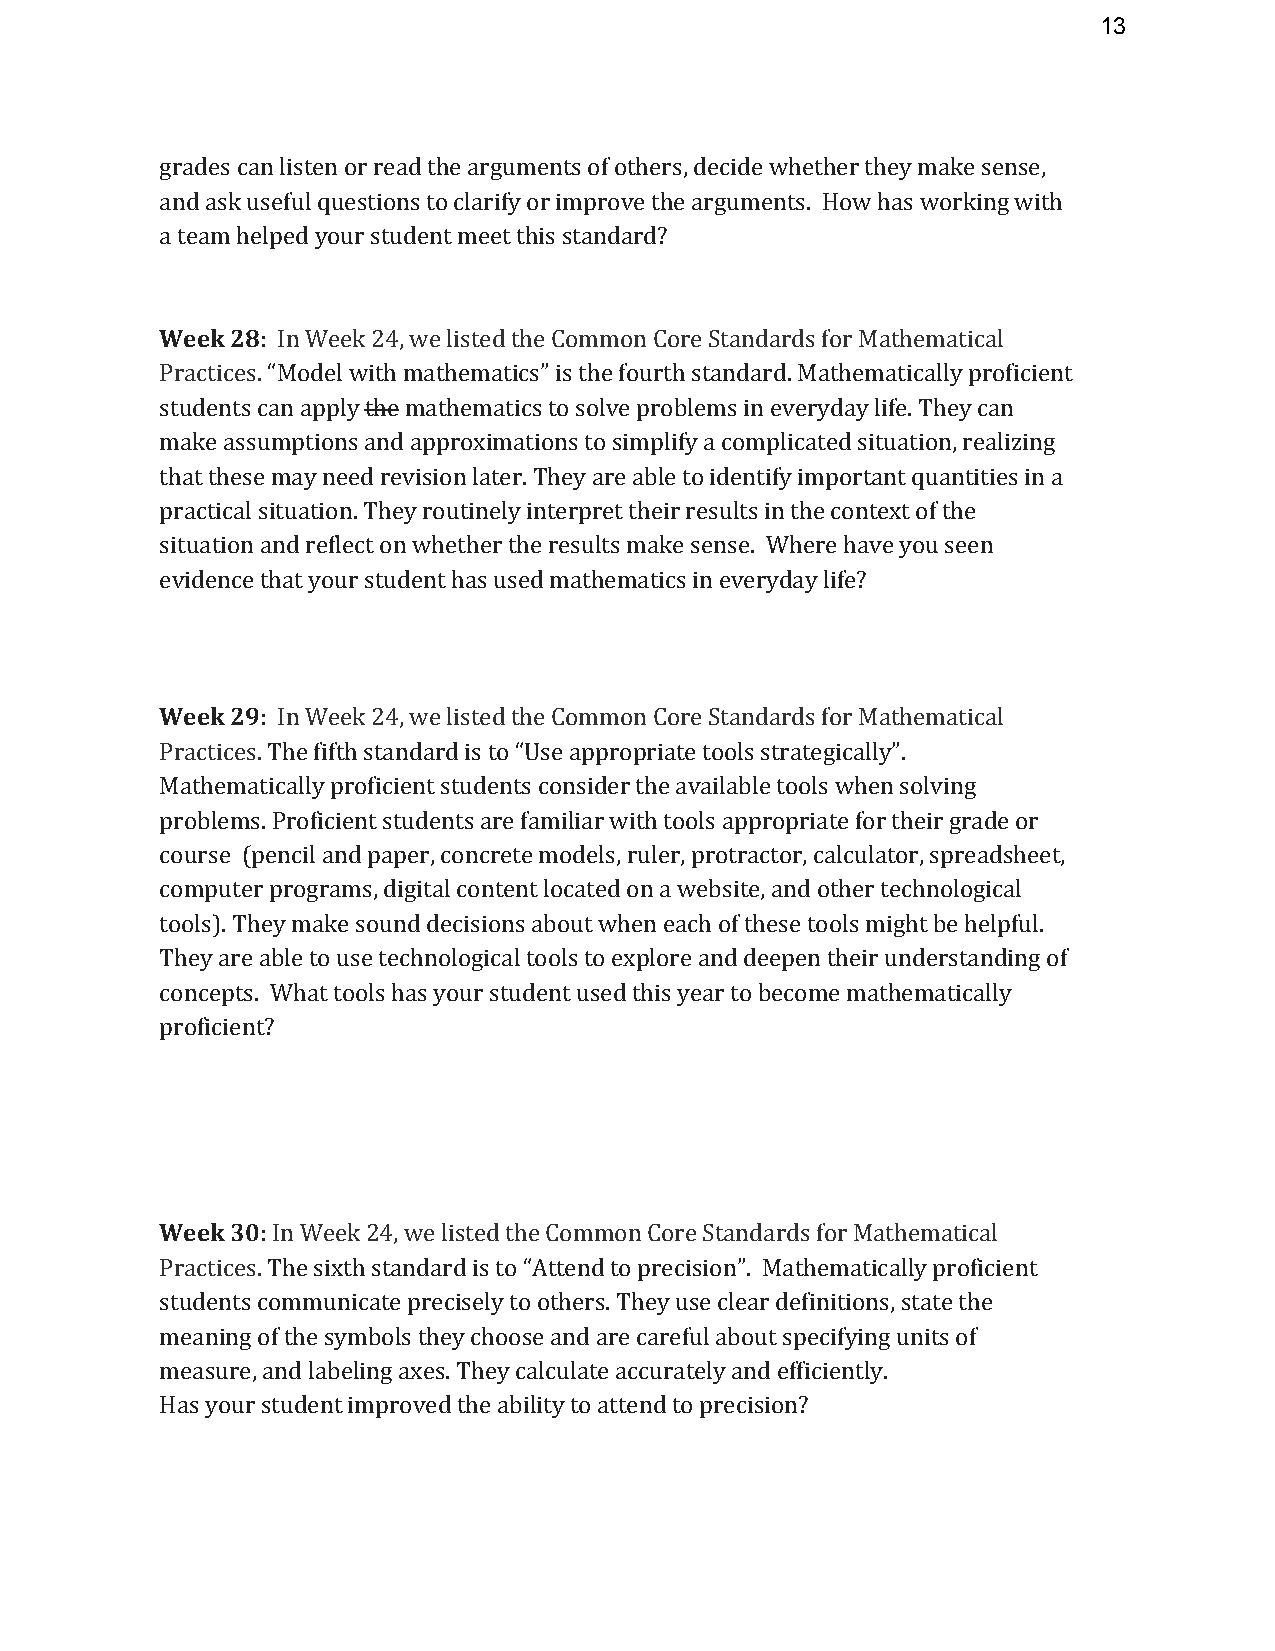
13
 grades can listen or read the arguments of others, decide whether they make sense,
 and ask useful questions to clarify or improve the arguments. How has working with
 a team helped your student meet this standard?
 Week 28: In Week 24, we listed the Common Core Standards for Mathematical
 Practices. “Model with mathematics” is the fourth standard. Mathematically proficient
 students can apply the mathematics to solve problems in everyday life. They can
 make assumptions and approximations to simplify a complicated situation, realizing
 that these may need revision later. They are able to identify important quantities in a
 practical situation. They routinely interpret their results in the context of the
 situation and reflect on whether the results make sense. Where have you seen
 evidence that your student has used mathematics in everyday life?
 Week 29: In Week 24, we listed the Common Core Standards for Mathematical
 Practices. The fifth standard is to “Use appropriate tools strategically”.
 Mathematically proficient students consider the available tools when solving
 problems. Proficient students are familiar with tools appropriate for their grade or
 course (pencil and paper, concrete models, ruler, protractor, calculator, spreadsheet,
 computer programs, digital content located on a website, and other technological
 tools). They make sound decisions about when each of these tools might be helpful.
 They are able to use technological tools to explore and deepen their understanding of
 concepts. What tools has your student used this year to become mathematically
 proficient?
 Week 30: In Week 24, we listed the Common Core Standards for Mathematical
 Practices. The sixth standard is to “Attend to precision”. Mathematically proficient
 students communicate precisely to others. They use clear definitions, state the
 meaning of the symbols they choose and are careful about specifying units of
 measure, and labeling axes. They calculate accurately and efficiently.
 Has your student improved the ability to attend to precision?